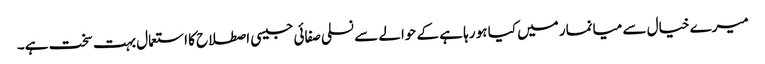
میرے خیال سے میانمار میں کیا ہو رہا ہے کے حوالے سے نسلی صفائی جیسی اصطلاح کا استعمال بہت سخت ہے۔